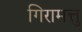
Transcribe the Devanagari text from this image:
गिरामत्तु